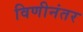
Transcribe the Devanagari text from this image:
विणीनंतर